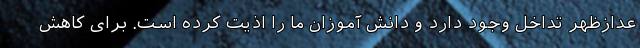
عدازظهر تداخل وجود دارد و دانش آموزان ما را اذیت کرده است. برای کاهش